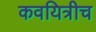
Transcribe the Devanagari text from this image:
कवयित्रीच